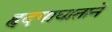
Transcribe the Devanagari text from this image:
हृदयाघाताने